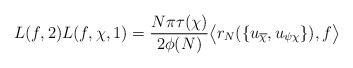
LaTeX: \begin{align*}L(f,2) L(f,\chi,1) = \frac{N \pi \tau(\chi)}{2 \phi(N)} \bigl\langle r_N(\{u_{\overline{\chi}},u_{\psi\chi}\}), f \bigr\rangle\end{align*}